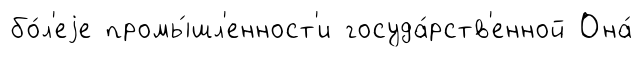
бо́л'еjе промы́шл'енност'и госуда́рств'енной Она́